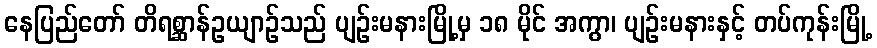
နေပြည်တော် တိရစ္ဆာန်ဥယျာဉ်သည် ပျဉ်းမနားမြို့မှ ၁၈ မိုင် အကွာ၊ ပျဉ်းမနားနှင့် တပ်ကုန်းမြို့